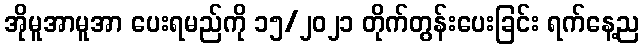
အိုမူအာမူအာ ပေးရမည်ကို ၁၅/၂၀၂၁ တိုက်တွန်းပေးခြင်း ရက်နေ့ည